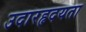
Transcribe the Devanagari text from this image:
उदारहृदयता